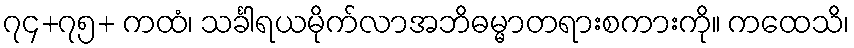
၇၄+၇၅+ ကထံ၊ သင်္ခါရယမိုက်လာအဘိဓမ္မာတရားစကားကို။ ကထေသိ၊